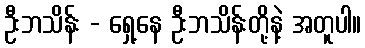
ဦးဘသိန်း - ရှေ့နေ ဦးဘသိန်းတို့နဲ့ အတူပါ။